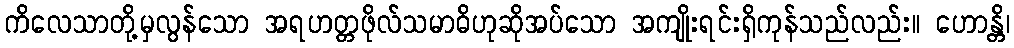
ကိလေသာတို့မှလွန်သော အရဟတ္တဖိုလ်သမာဓိဟုဆိုအပ်သော အကျိုးရင်းရှိကုန်သည်လည်း။ ဟောန္တိ၊